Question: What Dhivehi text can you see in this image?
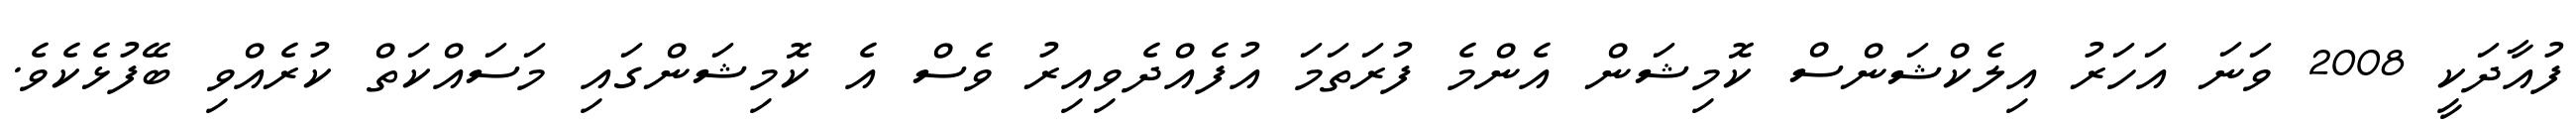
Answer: ފުއާދަކީ 2008 ވަނަ އަހަރު އިލެކްޝަންސް ކޮމިޝަން އެންމެ ފުރަތަމަ އުފެއްދެވިއިރު ވެސް އެ ކޮމިޝަންގައި މަސައްކަތް ކުރެއްވި ބޭފުޅެކެވެ.